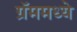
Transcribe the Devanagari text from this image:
ग्रॅममध्ये